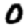
Digit: 0